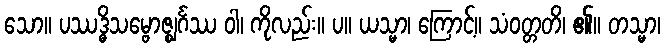
သော။ ပဿဒ္ဓိသမ္ဗောဇ္ဈင်္ဂဿ ဝါ၊ ကိုလည်း။ ပ။ ယသ္မာ၊ ကြောင့်။ သံဝတ္တတိ၊ ၏။ တသ္မာ၊